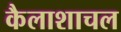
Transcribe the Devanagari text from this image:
कैलाशाचल